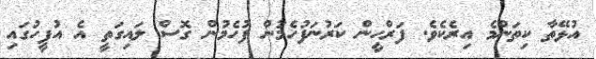
އުޅޭތާ ކިތަންމެ އިރެކެވެ. ފަރްހީން ކަރުނަފުހެމުން ފުހެމުން ގޮސް ލައިގަތީ އެ އުފީހުގައި